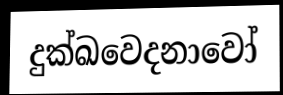
දුක්ඛවෙදනාවෝ